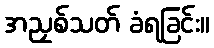
အညှစ်သတ် ခံရခြင်း။